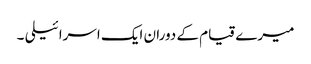
میرے قیام کے دوران ایک اسرائیلی ۔